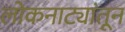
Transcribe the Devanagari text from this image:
लोकनाट्यांतून